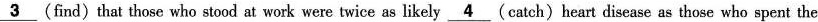
\underline{3} (find)that those who stood at work were twice as likely \underline{4}(catch)heart disease as those who spent the